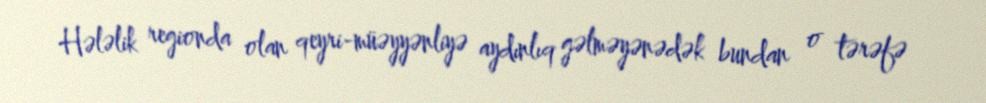
Hələlik regionda olan qeyri-müəyyənliyə aydınlıq gəlməyənədək bundan o tərəfə